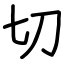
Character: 切